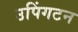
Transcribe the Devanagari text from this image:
उपिंगटन